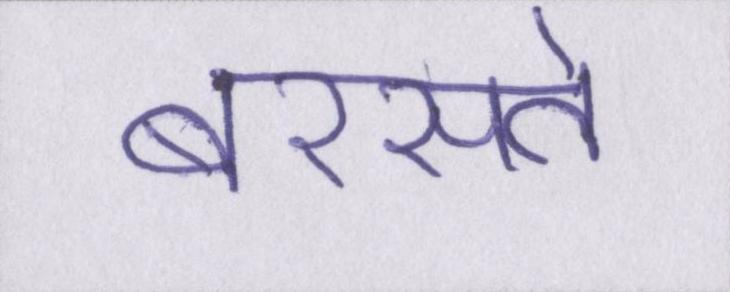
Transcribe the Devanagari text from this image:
बरसते